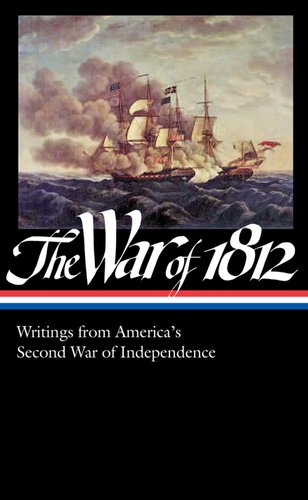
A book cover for The War of 1812: Writings from America's Second War of Independence: (Library of America #232); Various; History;